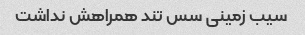
سیب زمینی سس تند همراهش نداشت